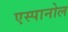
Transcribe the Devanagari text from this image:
एस्‍पानोल